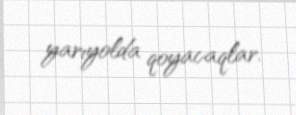
yarıyolda qoyacaqlar.